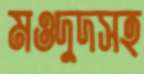
মওদুদসহ